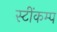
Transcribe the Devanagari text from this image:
स्टींकम्प